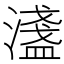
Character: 𬉉